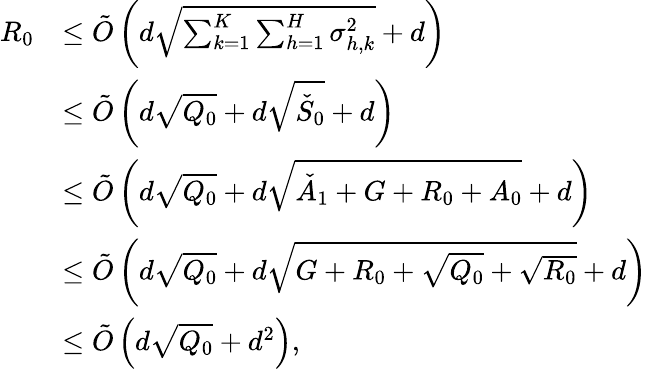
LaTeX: \begin{array}{rl}{R_{0}}&{\le\tilde{O}\left(d\sqrt{\sum_{k=1}^{K}\sum_{h=1}^{H}\sigma_{h,k}^{2}}+d\right)}\\ &{\le\tilde{O}\left(d\sqrt{Q_{0}}+d\sqrt{\check{S}_{0}}+d\right)}\\ &{\le\tilde{O}\left(d\sqrt{Q_{0}}+d\sqrt{\check{A}_{1}+G+R_{0}+A_{0}}+d\right)}\\ &{\le\tilde{O}\left(d\sqrt{Q_{0}}+d\sqrt{G+R_{0}+\sqrt{Q_{0}}+\sqrt{R_{0}}}+d\right)}\\ &{\le\tilde{O}\left(d\sqrt{Q_{0}}+d^{2}\right),}\end{array}